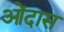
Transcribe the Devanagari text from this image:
ओंदास